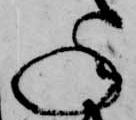
ね